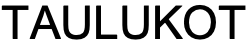
TAULUKOT